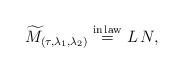
LaTeX: \begin{align*}\widetilde{M}_{(\tau, \lambda_1, \lambda_2)} \overset{{\rm in \,law}}{=} L\,N,\end{align*}